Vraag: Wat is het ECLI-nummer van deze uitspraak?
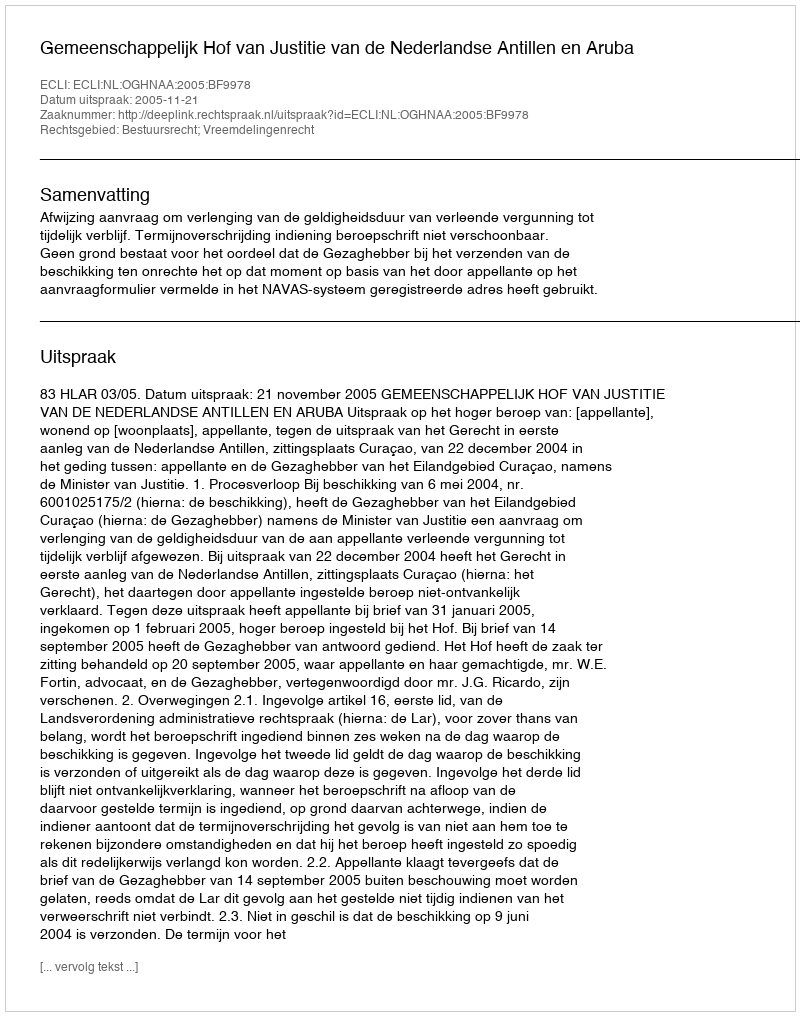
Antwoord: ECLI:NL:OGHNAA:2005:BF9978